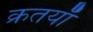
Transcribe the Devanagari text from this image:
क्रतयाँ